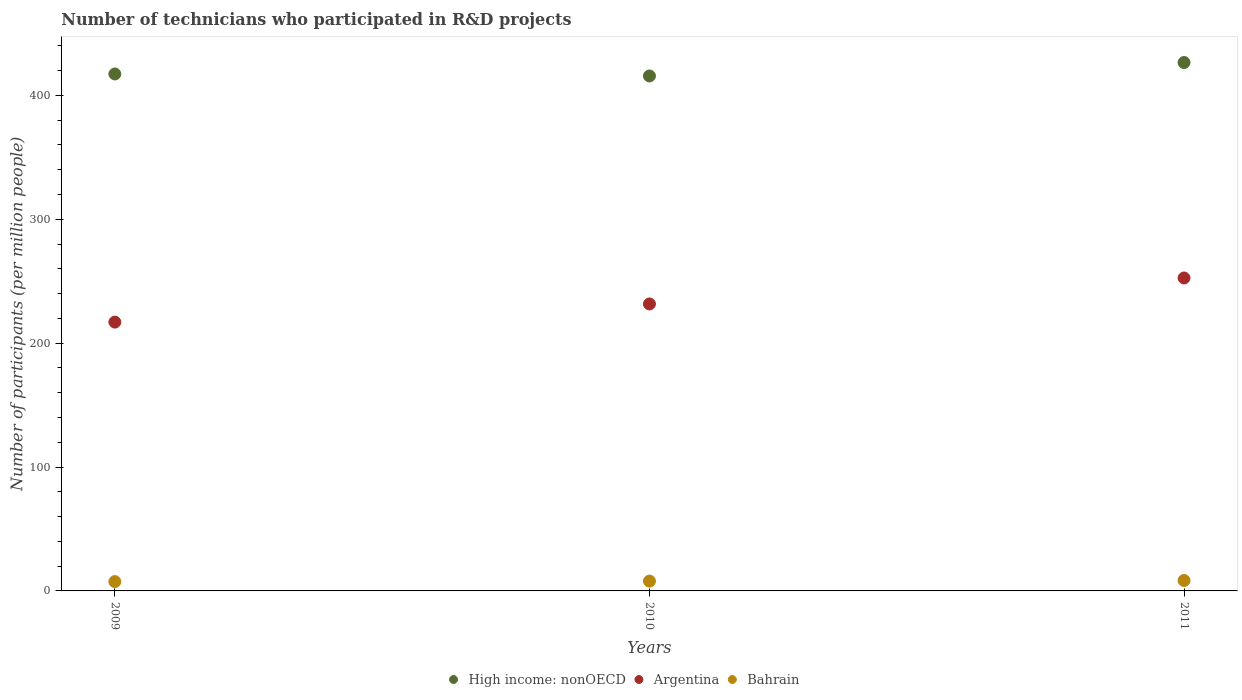
| Years | High income: nonOECD | Argentina | Bahrain |
 | --- | --- | --- | --- |
 | 2009 | 417 | 217 | 7.52 |
 | 2010 | 416 | 232 | 7.93 |
 | 2011 | 426 | 253 | 8.42 |